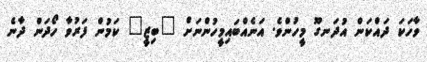
ވާހަކަ ދައްކަން އުދަނގޫ މީހުންވެ. އަނެއްބައިމީހުންނަށް "ބިޒީ" ކަމުން ފަރުވާ ހޯދަން ދާނެ